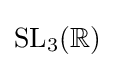
\mathrm {SL} _{3}(\mathbb {R} )